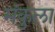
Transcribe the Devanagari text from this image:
मंकुला